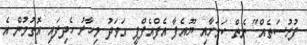
ފުރުސަތެއް" ނެތް ކަމަށާއި ޔޫއެފާ އެފްއެފްޕީ ގަވަދު މިހާރު ހެދިފައި އޮތުމުން އެ